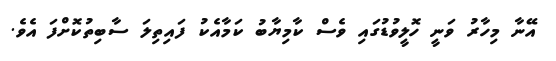
އޭނާ މިހާރު ވަނީ ހޮލީވުޑުގައި ވެސް ކާމިޔާބު ކަމާއެކު ފައިތިލަ ސާބިތުކޮށްފަ އެވެ.